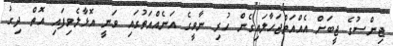
ޖިންސުގެ ޖީބަށް އެއްއަތްޖަހާލައިގެން ހުރި ނާވީގެ އަނެއްއަތުގައި ވަނީ އޮޅާލެވިފައި އޮތް ދިގު